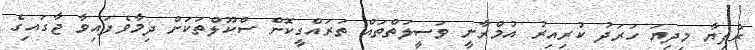
ރުފިޔާ މިދިޔަ ހަރަދު ކުރިއިރު އުމްރާނީ ވަސީލަތްތައް ތަރައްގީކޮށް ސްކޫލްތަކަށް ދިމާވެފައިވާ ޖާގައިގެ